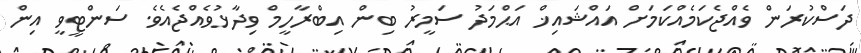
ދަސްކުރަން ވެއްޖެކަމެއްކަމަށް އައްޝައިޚް އަޙްމަދު ސަމީރު ބިން އިބްރާހީމް ވިދާޅުވެއްޖެއެވެ. ސަންޓީވީ އިން